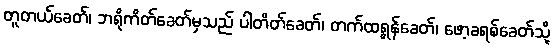
တူတယ်ခေတ်၊ ဘရိုကိတ်ခေတ်မှသည် ပါတိတ်ခေတ်၊ တက်ထရွန်ခေတ်၊ ဖော့ခရစ်ခေတ်သို့